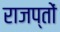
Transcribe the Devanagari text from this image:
राजप्तों